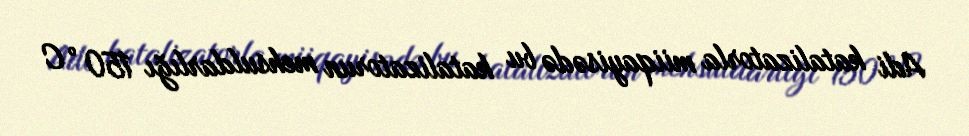
Adi katalizatorla miiqayisədə bu katalizatorun mehsuldarlığı 150 °C